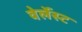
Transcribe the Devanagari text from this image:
वेर्लेस्ट